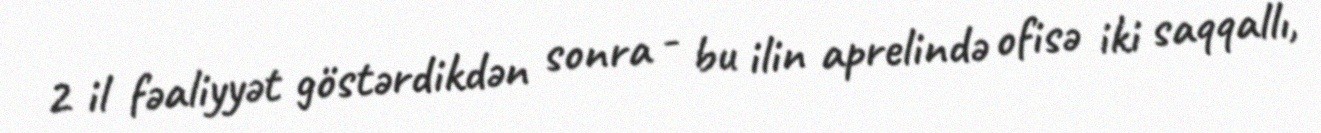
2 il fəaliyyət göstərdikdən sonra - bu ilin aprelində ofisə iki saqqallı,